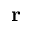
\bf { r }